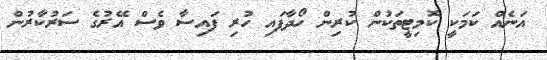
އަނެއް ކަމަކީ ކޮމިޓީތަކުން ކުރިން ހޯދާފައި ހުރި ފައިސާ ވެސް އޭރުގެ ސަރުކާރުން